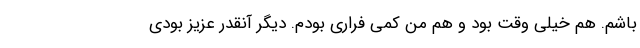
باشم. هم خیلی وقت بود و هم من کمی فراری بودم. دیگر آنقدر عزیز بودی